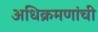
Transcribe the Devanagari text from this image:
अधिक्रमणांची